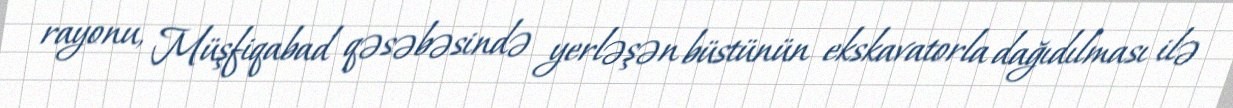
rayonu, Müşfiqabad qəsəbəsində yerləşən büstünün ekskavatorla dağıdılması ilə